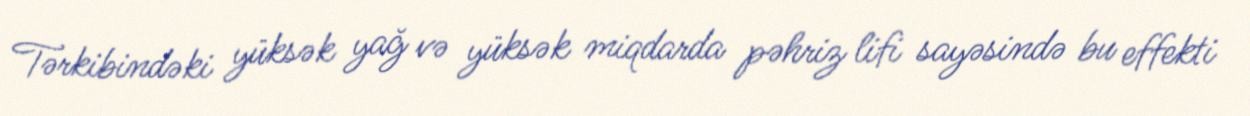
Tərkibindəki yüksək yağ və yüksək miqdarda pəhriz lifi sayəsində bu effekti